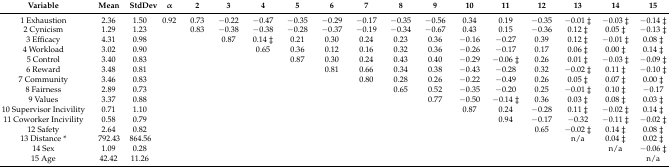
<table><thead><tr><td><b>Variable</b></td><td><b>Mean</b></td><td><b>StdDev</b></td><td><b>α</b></td><td><b>2</b></td><td><b>3</b></td><td><b>4</b></td><td><b>5</b></td><td><b>6</b></td><td><b>7</b></td><td><b>8</b></td><td><b>9</b></td><td><b>10</b></td><td><b>11</b></td><td><b>12</b></td><td><b>13</b></td><td><b>14</b></td><td><b>15</b></td></tr></thead><tbody><tr><td>1 Exhaustion</td><td>2.36</td><td>1.50</td><td>0.92</td><td>0.73</td><td>−0.22</td><td>−0.47</td><td>−0.35</td><td>−0.29</td><td>−0.17</td><td>−0.35</td><td>−0.56</td><td>0.34</td><td>0.19</td><td>−0.35</td><td>−0.01 ‡</td><td>−0.03 ‡</td><td>−0.14 ‡</td></tr><tr><td>2 Cynicism</td><td>1.29</td><td>1.23</td><td></td><td>0.83</td><td>−0.38</td><td>−0.38</td><td>−0.28</td><td>−0.37</td><td>−0.19</td><td>−0.34</td><td>−0.67</td><td>0.43</td><td>0.15</td><td>−0.36</td><td>0.12 ‡</td><td>0.05 ‡</td><td>−0.13 ‡</td></tr><tr><td>3 Efficacy</td><td>4.31</td><td>0.98</td><td></td><td></td><td>0.87</td><td>0.14 ‡</td><td>0.21</td><td>0.30</td><td>0.24</td><td>0.23</td><td>0.36</td><td>−0.16</td><td>−0.27</td><td>0.39</td><td>0.12 ‡</td><td>−0.01 ‡</td><td>0.08 ‡</td></tr><tr><td>4 Workload</td><td>3.02</td><td>0.90</td><td></td><td></td><td></td><td>0.65</td><td>0.36</td><td>0.12</td><td>0.16</td><td>0.32</td><td>0.36</td><td>−0.26</td><td>−0.17</td><td>0.17</td><td>0.06 ‡</td><td>0.00 ‡</td><td>0.14 ‡</td></tr><tr><td>5 Control</td><td>3.40</td><td>0.83</td><td></td><td></td><td></td><td></td><td>0.87</td><td>0.30</td><td>0.24</td><td>0.43</td><td>0.40</td><td>−0.29</td><td>−0.06 ‡</td><td>0.26</td><td>0.01 ‡</td><td>−0.03 ‡</td><td>−0.09 ‡</td></tr><tr><td>6 Reward</td><td>3.48</td><td>0.81</td><td></td><td></td><td></td><td></td><td></td><td>0.81</td><td>0.66</td><td>0.34</td><td>0.38</td><td>−0.43</td><td>−0.28</td><td>0.32</td><td>−0.02 ‡</td><td>0.11 ‡</td><td>−0.10 ‡</td></tr><tr><td>7 Community</td><td>3.46</td><td>0.83</td><td></td><td></td><td></td><td></td><td></td><td></td><td>0.80</td><td>0.28</td><td>0.26</td><td>−0.22</td><td>−0.49</td><td>0.26</td><td>0.05 ‡</td><td>0.07 ‡</td><td>0.00 ‡</td></tr><tr><td>8 Fairness</td><td>2.89</td><td>0.73</td><td></td><td></td><td></td><td></td><td></td><td></td><td></td><td>0.65</td><td>0.52</td><td>−0.35</td><td>−0.20</td><td>0.25</td><td>−0.01 ‡</td><td>0.10 ‡</td><td>−0.17</td></tr><tr><td>9 Values</td><td>3.37</td><td>0.88</td><td></td><td></td><td></td><td></td><td></td><td></td><td></td><td></td><td>0.77</td><td>−0.50</td><td>−0.14 ‡</td><td>0.36</td><td>0.03 ‡</td><td>0.08 ‡</td><td>0.03 ‡</td></tr><tr><td>10 Supervisor Incivility</td><td>0.71</td><td>1.10</td><td></td><td></td><td></td><td></td><td></td><td></td><td></td><td></td><td></td><td>0.87</td><td>0.24</td><td>−0.28</td><td>0.11 ‡</td><td>−0.02 ‡</td><td>0.14 ‡</td></tr><tr><td>11 Coworker Incivility</td><td>0.58</td><td>0.79</td><td></td><td></td><td></td><td></td><td></td><td></td><td></td><td></td><td></td><td></td><td>0.94</td><td>−0.17</td><td>−0.32</td><td>−0.11 ‡</td><td>−0.02 ‡</td></tr><tr><td>12 Safety</td><td>2.64</td><td>0.82</td><td></td><td></td><td></td><td></td><td></td><td></td><td></td><td></td><td></td><td></td><td></td><td>0.65</td><td>−0.02 ‡</td><td>0.14 ‡</td><td>0.08 ‡</td></tr><tr><td>13 Distance *</td><td>792.43</td><td>864.56</td><td></td><td></td><td></td><td></td><td></td><td></td><td></td><td></td><td></td><td></td><td></td><td></td><td>n/a</td><td>0.04 ‡</td><td>0.02 ‡</td></tr><tr><td>14 Sex</td><td>1.09</td><td>0.28</td><td></td><td></td><td></td><td></td><td></td><td></td><td></td><td></td><td></td><td></td><td></td><td></td><td></td><td>n/a</td><td>−0.06 ‡</td></tr><tr><td>15 Age</td><td>42.42</td><td>11.26</td><td></td><td></td><td></td><td></td><td></td><td></td><td></td><td></td><td></td><td></td><td></td><td></td><td></td><td></td><td>n/a</td></tr></tbody></table>